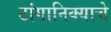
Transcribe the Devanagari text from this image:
टांगानिक्याचे